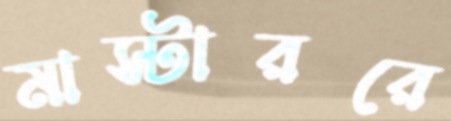
মাস্টাররে